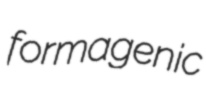
formagenic